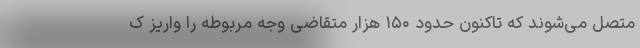
متصل می‌شوند که تاکنون حدود ۱۵۰ هزار متقاضی وجه مربوطه را واریز ک